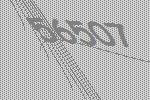
56507